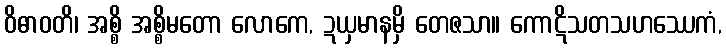
ဝိဓာဝတိ၊ အစ္စိ အစ္စိမတော လောကေ, ဍယှမာနမှိ တေဇသာ။ ကောဋိသတသဟဿေကံ,